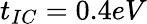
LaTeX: t_{IC}=0.4eV